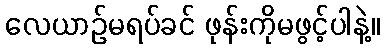
လေယာဉ်မရပ်ခင် ဖုန်းကိုမဖွင့်ပါနဲ့။